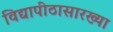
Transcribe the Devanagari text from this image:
विद्यापीठासारख्या